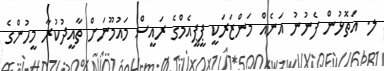
ލ. އަތޮޅުން ފެނުނު އަނެއް މަންޒަރަކީ ޕީޕީއެމްގެ ރައީސް މައުމޫނަށް ތާއީދުކުރާ މީހުންގެ